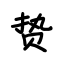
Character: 贽